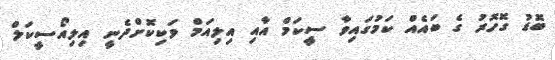
ބޮޑު ގޮހޮރު ގެ ބައެއް ކަމުގައިވާ ސީކަމް އާއި އިލިއަމް ވަކިކޮށްދެނީ އިލިއޯސީކަލް